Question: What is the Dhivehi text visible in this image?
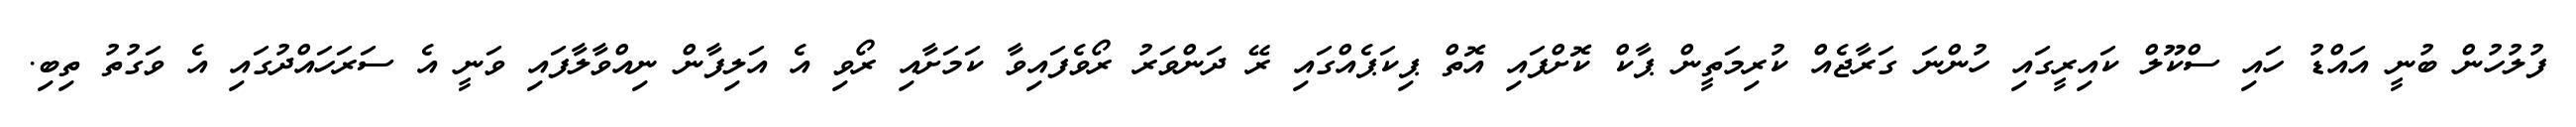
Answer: ފުލުހުން ބުނީ އައްޑު ހައި ސްކޫލް ކައިރީގައި ހުންނަ ގަރާޖެއް ކުރިމަތީން ޕާކް ކޮށްފައި އޮތް ޕިކަޕެއްގައި ރޭ ދަންވަރު ރޯވެފައިވާ ކަމަށާއި ރޯވި އެ އަލިފާން ނިއްވާލާފައި ވަނީ އެ ސަރަހައްދުގައި އެ ވަގުތު ތިބި.